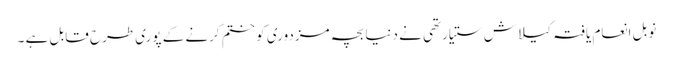
نوبل انعام یافتہ کیلاش ستیارتھی نے دنیا بچہ مزدوری کو ختم کرنے کے پوری طرح قابل ہے ۔